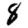
Digit: 8